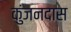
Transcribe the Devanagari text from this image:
कुंजनदास